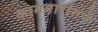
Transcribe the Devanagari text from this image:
कामगारांतर्फे